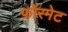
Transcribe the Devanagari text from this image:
फ़ॉरमेट